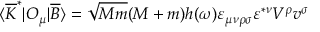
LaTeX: \langle \overline { { { K } } } ^ { \ast } | { \cal O } _ { \mu } | \overline { { { B } } } \rangle = \sqrt { M m } ( M + m ) h ( \omega ) \varepsilon _ { \mu \nu \rho \sigma } \varepsilon ^ { \ast \nu } V ^ { \rho } v ^ { \sigma }